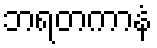
ဘရတကာနံ